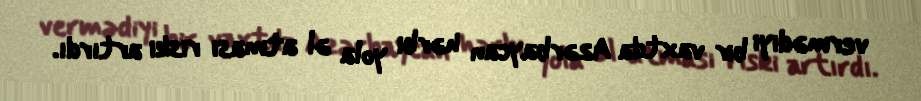
vermədiyi bir vaxtda Azərbaycan hərbi yola əl atması riski artırdı.